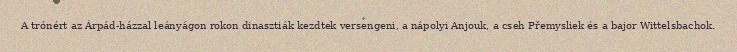
A trónért az Árpád-házzal leányágon rokon dinasztiák kezdtek versengeni, a nápolyi Anjouk, a cseh Přemysliek és a bajor Wittelsbachok.